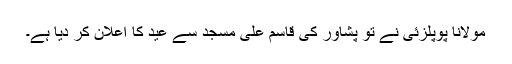
مولانا پوپلزئی نے تو پشاور کی قاسم علی مسجد سے عید کا اعلان کر دیا ہے۔